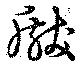
瞂